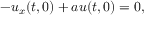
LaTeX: - u _ { x } ( t , 0 ) + a u ( t , 0 ) = 0 ,